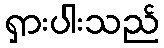
ရှားပါးသည်